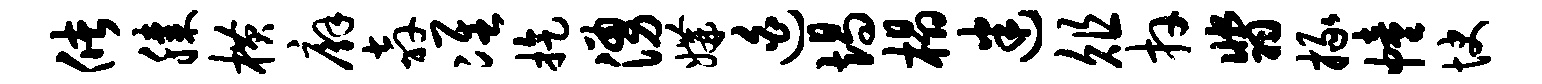
储膝横廨奔准旋涌媾迫竭榻迷俎卉翡掾幢快